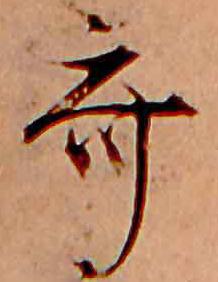
斎